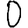
Digit: 0